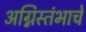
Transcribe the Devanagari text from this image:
अग्निस्तंभाचे